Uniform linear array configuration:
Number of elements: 4
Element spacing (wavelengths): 1
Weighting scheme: blackman
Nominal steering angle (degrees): -60
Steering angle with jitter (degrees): -60.455
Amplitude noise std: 0.05
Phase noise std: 0.05

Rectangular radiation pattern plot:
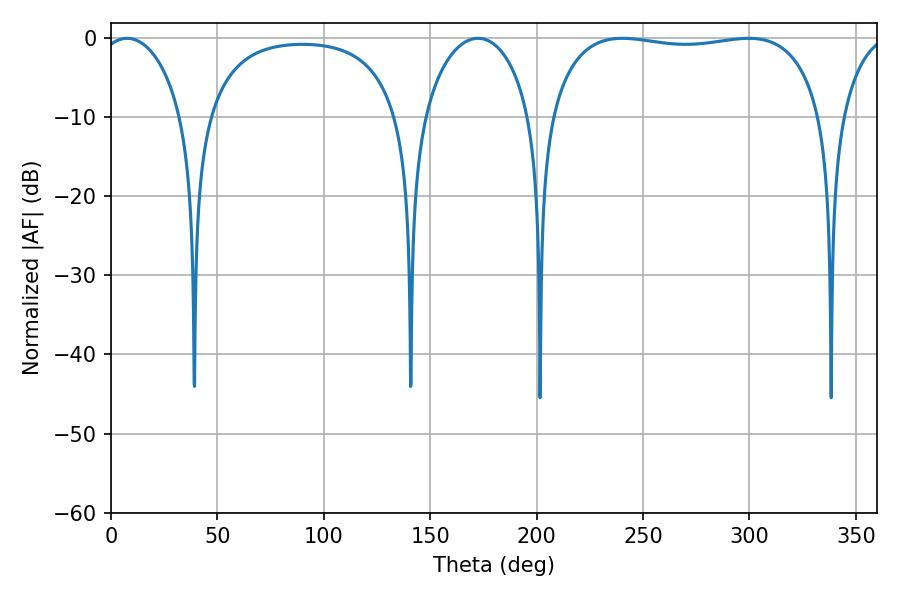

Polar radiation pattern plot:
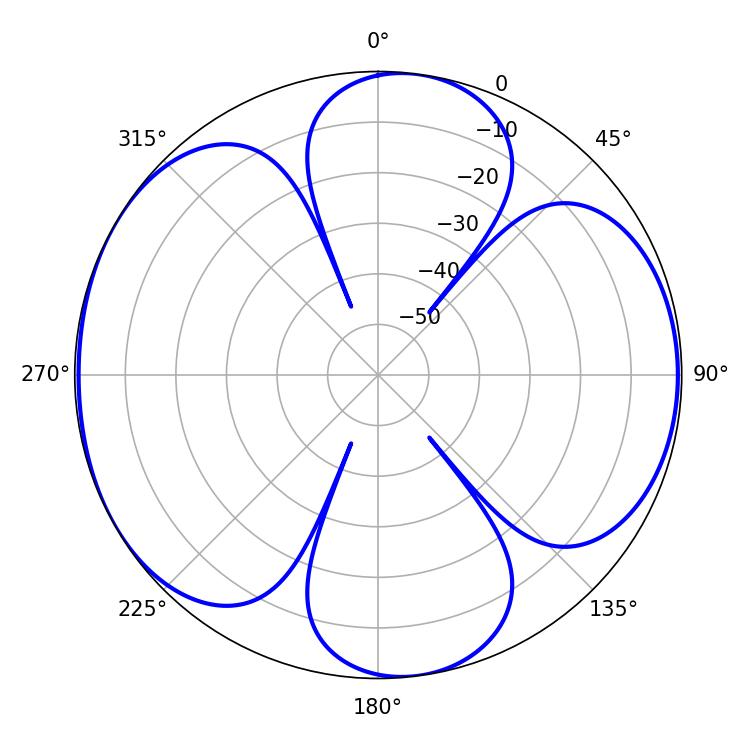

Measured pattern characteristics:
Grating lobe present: TRUE
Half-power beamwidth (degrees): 103.32
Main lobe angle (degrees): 240.3